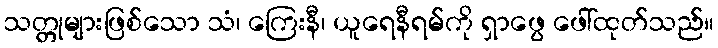
သတ္တုများဖြစ်သော သံ၊ ကြေးနီ၊ ယူရေနီရမ်ကို ရှာဖွေ ဖေါ်ထုတ်သည်။